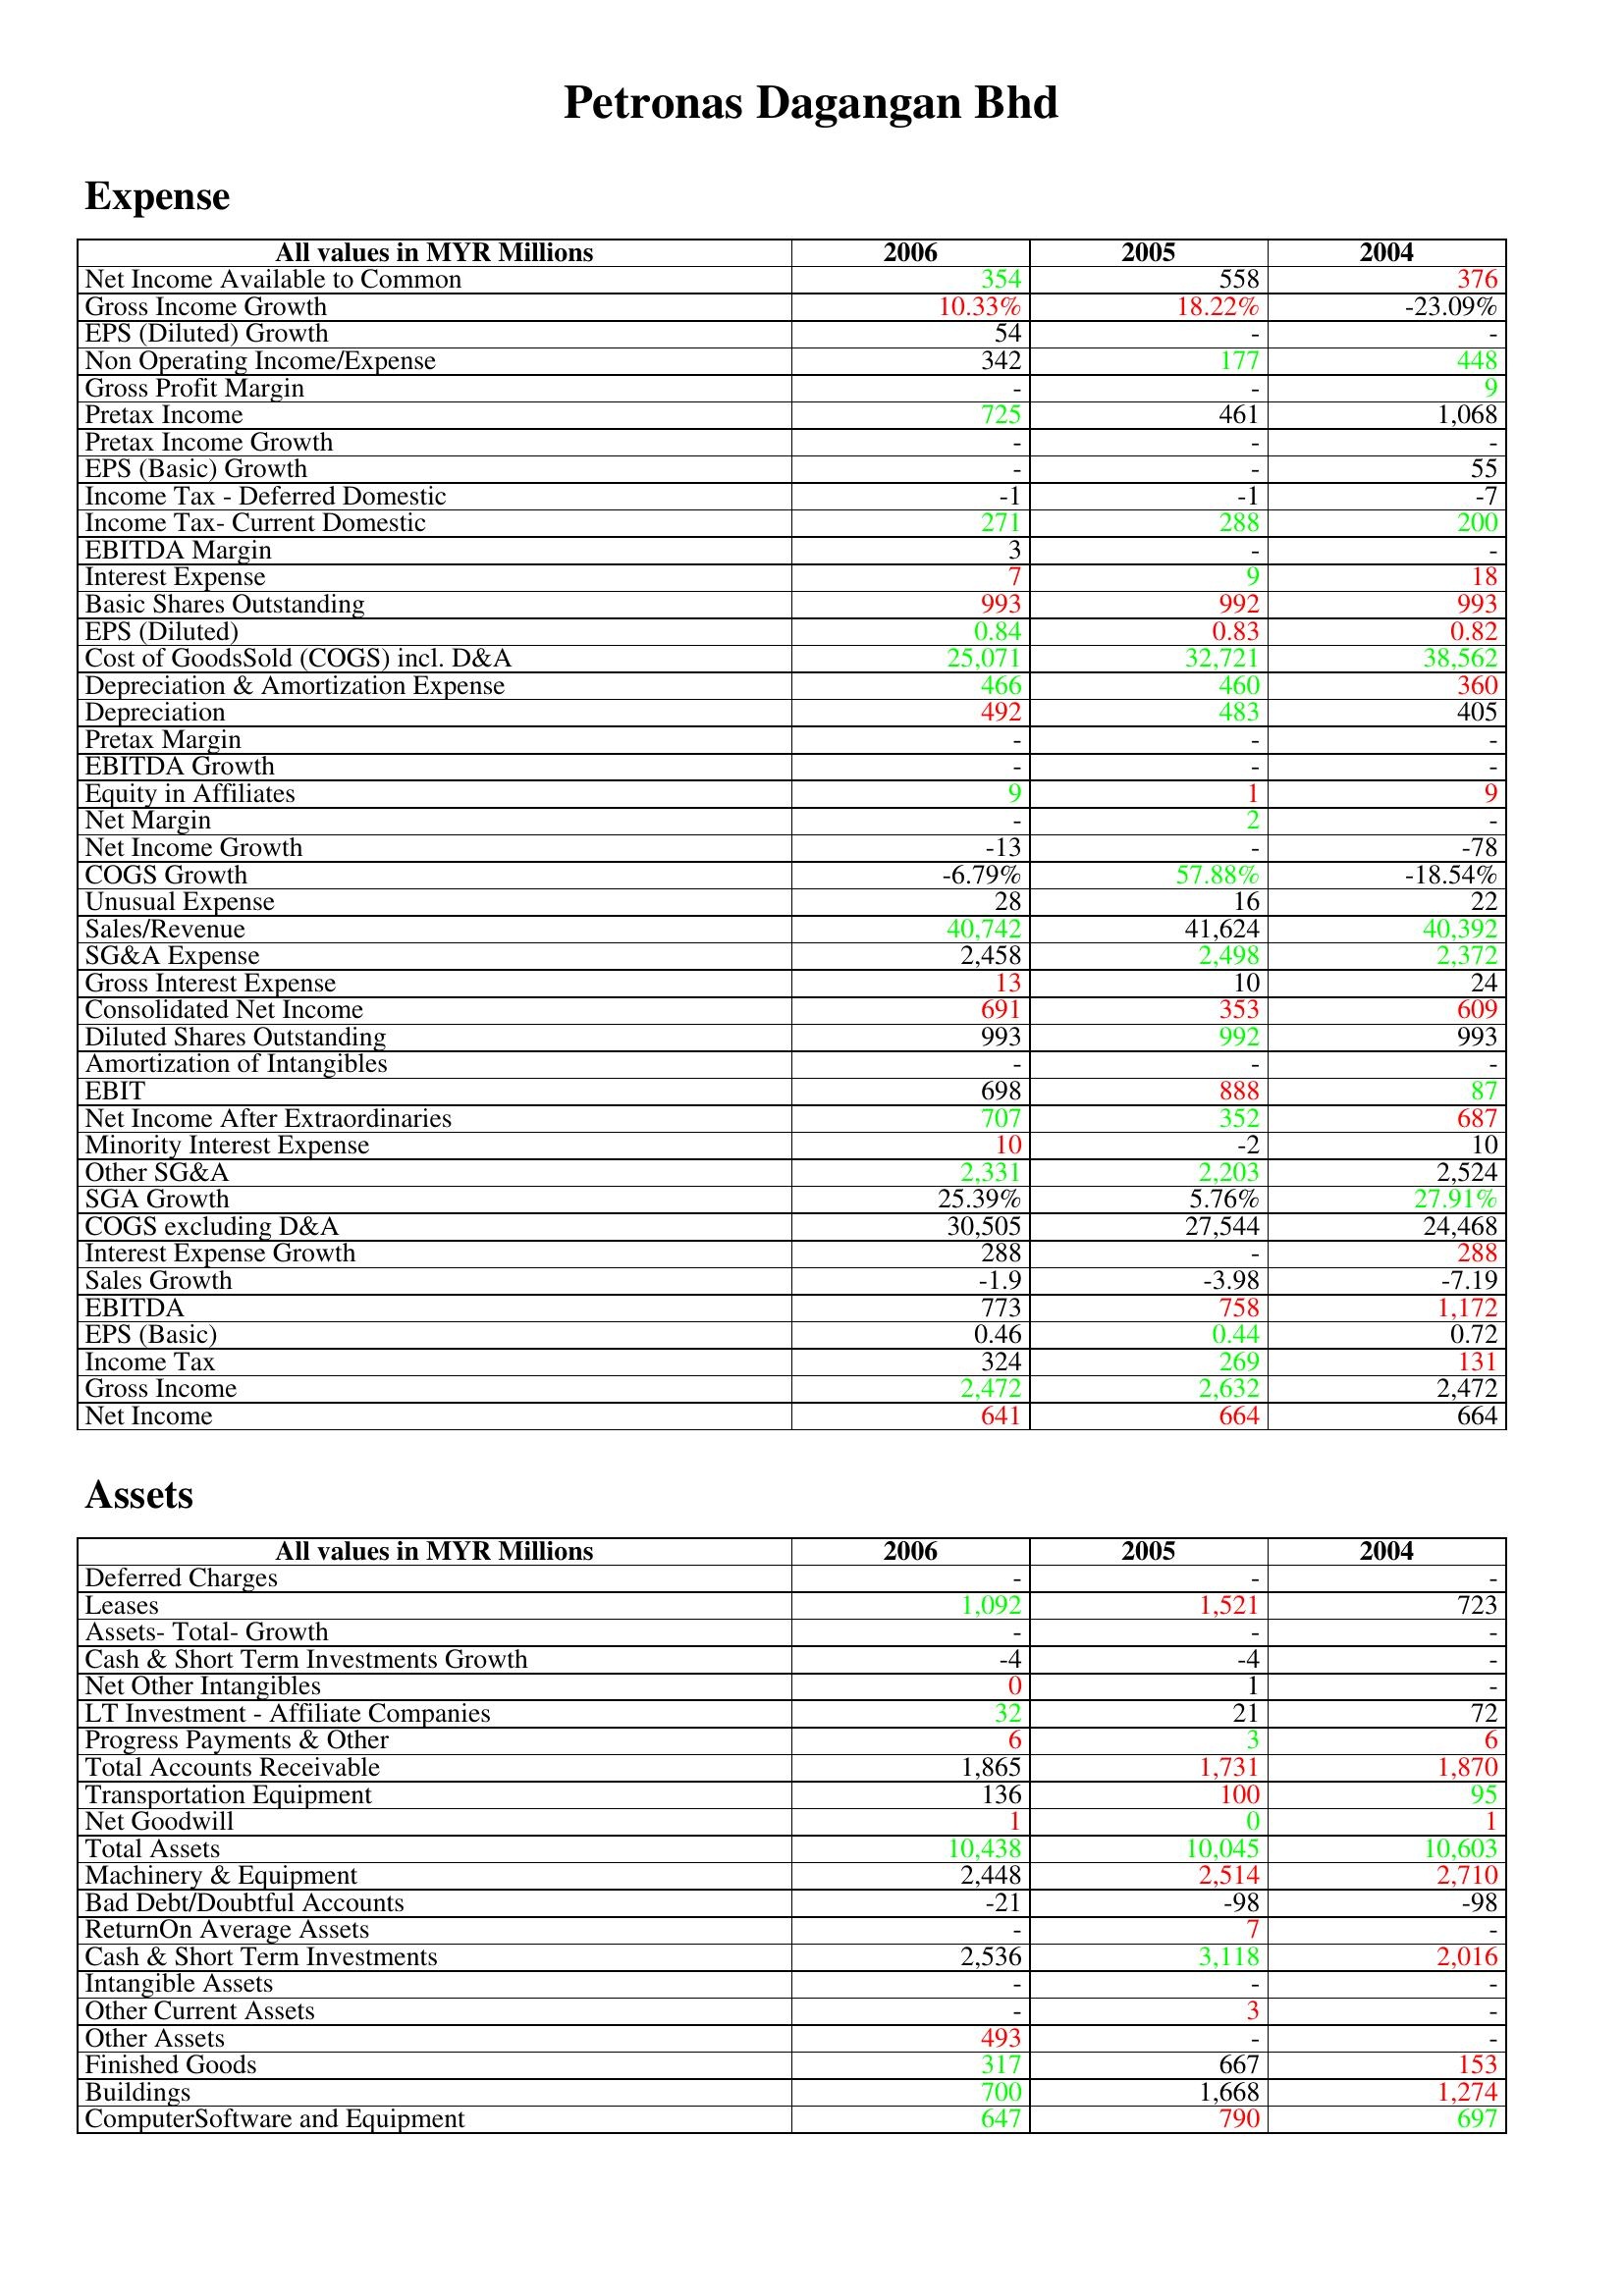
gt_parse: 2006: Expense: Net Income Available to Common: 354
Gross Income Growth: 10.33%
EPS (Diluted) Growth: 54
Non Operating Income/Expense: 342
Gross Profit Margin: -
Pretax Income: 725
Pretax Income Growth: -
EPS (Basic) Growth: -
Income Tax - Deferred Domestic: -1
Income Tax- Current Domestic: 271
EBITDA Margin: 3
Interest Expense: 7
Basic Shares Outstanding: 993
EPS (Diluted): 0.84
Cost of GoodsSold (COGS) incl. D&A: 25,071
Depreciation & Amortization Expense: 466
Depreciation: 492
Pretax Margin: -
EBITDA Growth: -
Equity in Affiliates: 9
Net Margin: -
Net Income Growth: -13
COGS Growth: -6.79%
Unusual Expense: 28
Sales/Revenue: 40,742
SG&A Expense: 2,458
Gross Interest Expense: 13
Consolidated Net Income: 691
Diluted Shares Outstanding: 993
Amortization of Intangibles: -
EBIT: 698
Net Income After Extraordinaries: 707
Minority Interest Expense: 10
Other SG&A: 2,331
SGA Growth: 25.39%
COGS excluding D&A: 30,505
Interest Expense Growth: 288
Sales Growth: -1.9
EBITDA: 773
EPS (Basic): 0.46
Income Tax: 324
Gross Income: 2,472
Net Income: 641
Assets: Deferred Charges: -
Leases: 1,092
Assets- Total- Growth: -
Cash & Short Term Investments Growth: -4
Net Other Intangibles: 0
LT Investment - Affiliate Companies: 32
Progress Payments & Other: 6
Total Accounts Receivable: 1,865
Transportation Equipment: 136
Net Goodwill: 1
Total Assets: 10,438
Machinery & Equipment: 2,448
Bad Debt/Doubtful Accounts: -21
ReturnOn Average Assets: -
Cash & Short Term Investments: 2,536
Intangible Assets: -
Other Current Assets: -
Other Assets: 493
Finished Goods: 317
Buildings: 700
ComputerSoftware and Equipment: 647
2005: Expense: Net Income Available to Common: 558
Gross Income Growth: 18.22%
EPS (Diluted) Growth: -
Non Operating Income/Expense: 177
Gross Profit Margin: -
Pretax Income: 461
Pretax Income Growth: -
EPS (Basic) Growth: -
Income Tax - Deferred Domestic: -1
Income Tax- Current Domestic: 288
EBITDA Margin: -
Interest Expense: 9
Basic Shares Outstanding: 992
EPS (Diluted): 0.83
Cost of GoodsSold (COGS) incl. D&A: 32,721
Depreciation & Amortization Expense: 460
Depreciation: 483
Pretax Margin: -
EBITDA Growth: -
Equity in Affiliates: 1
Net Margin: 2
Net Income Growth: -
COGS Growth: 57.88%
Unusual Expense: 16
Sales/Revenue: 41,624
SG&A Expense: 2,498
Gross Interest Expense: 10
Consolidated Net Income: 353
Diluted Shares Outstanding: 992
Amortization of Intangibles: -
EBIT: 888
Net Income After Extraordinaries: 352
Minority Interest Expense: -2
Other SG&A: 2,203
SGA Growth: 5.76%
COGS excluding D&A: 27,544
Interest Expense Growth: -
Sales Growth: -3.98
EBITDA: 758
EPS (Basic): 0.44
Income Tax: 269
Gross Income: 2,632
Net Income: 664
Assets: Deferred Charges: -
Leases: 1,521
Assets- Total- Growth: -
Cash & Short Term Investments Growth: -4
Net Other Intangibles: 1
LT Investment - Affiliate Companies: 21
Progress Payments & Other: 3
Total Accounts Receivable: 1,731
Transportation Equipment: 100
Net Goodwill: 0
Total Assets: 10,045
Machinery & Equipment: 2,514
Bad Debt/Doubtful Accounts: -98
ReturnOn Average Assets: 7
Cash & Short Term Investments: 3,118
Intangible Assets: -
Other Current Assets: 3
Other Assets: -
Finished Goods: 667
Buildings: 1,668
ComputerSoftware and Equipment: 790
2004: Expense: Net Income Available to Common: 376
Gross Income Growth: -23.09%
EPS (Diluted) Growth: -
Non Operating Income/Expense: 448
Gross Profit Margin: 9
Pretax Income: 1,068
Pretax Income Growth: -
EPS (Basic) Growth: 55
Income Tax - Deferred Domestic: -7
Income Tax- Current Domestic: 200
EBITDA Margin: -
Interest Expense: 18
Basic Shares Outstanding: 993
EPS (Diluted): 0.82
Cost of GoodsSold (COGS) incl. D&A: 38,562
Depreciation & Amortization Expense: 360
Depreciation: 405
Pretax Margin: -
EBITDA Growth: -
Equity in Affiliates: 9
Net Margin: -
Net Income Growth: -78
COGS Growth: -18.54%
Unusual Expense: 22
Sales/Revenue: 40,392
SG&A Expense: 2,372
Gross Interest Expense: 24
Consolidated Net Income: 609
Diluted Shares Outstanding: 993
Amortization of Intangibles: -
EBIT: 87
Net Income After Extraordinaries: 687
Minority Interest Expense: 10
Other SG&A: 2,524
SGA Growth: 27.91%
COGS excluding D&A: 24,468
Interest Expense Growth: 288
Sales Growth: -7.19
EBITDA: 1,172
EPS (Basic): 0.72
Income Tax: 131
Gross Income: 2,472
Net Income: 664
Assets: Deferred Charges: -
Leases: 723
Assets- Total- Growth: -
Cash & Short Term Investments Growth: -
Net Other Intangibles: -
LT Investment - Affiliate Companies: 72
Progress Payments & Other: 6
Total Accounts Receivable: 1,870
Transportation Equipment: 95
Net Goodwill: 1
Total Assets: 10,603
Machinery & Equipment: 2,710
Bad Debt/Doubtful Accounts: -98
ReturnOn Average Assets: -
Cash & Short Term Investments: 2,016
Intangible Assets: -
Other Current Assets: -
Other Assets: -
Finished Goods: 153
Buildings: 1,274
ComputerSoftware and Equipment: 697